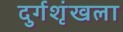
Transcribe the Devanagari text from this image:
दुर्गशृंखला